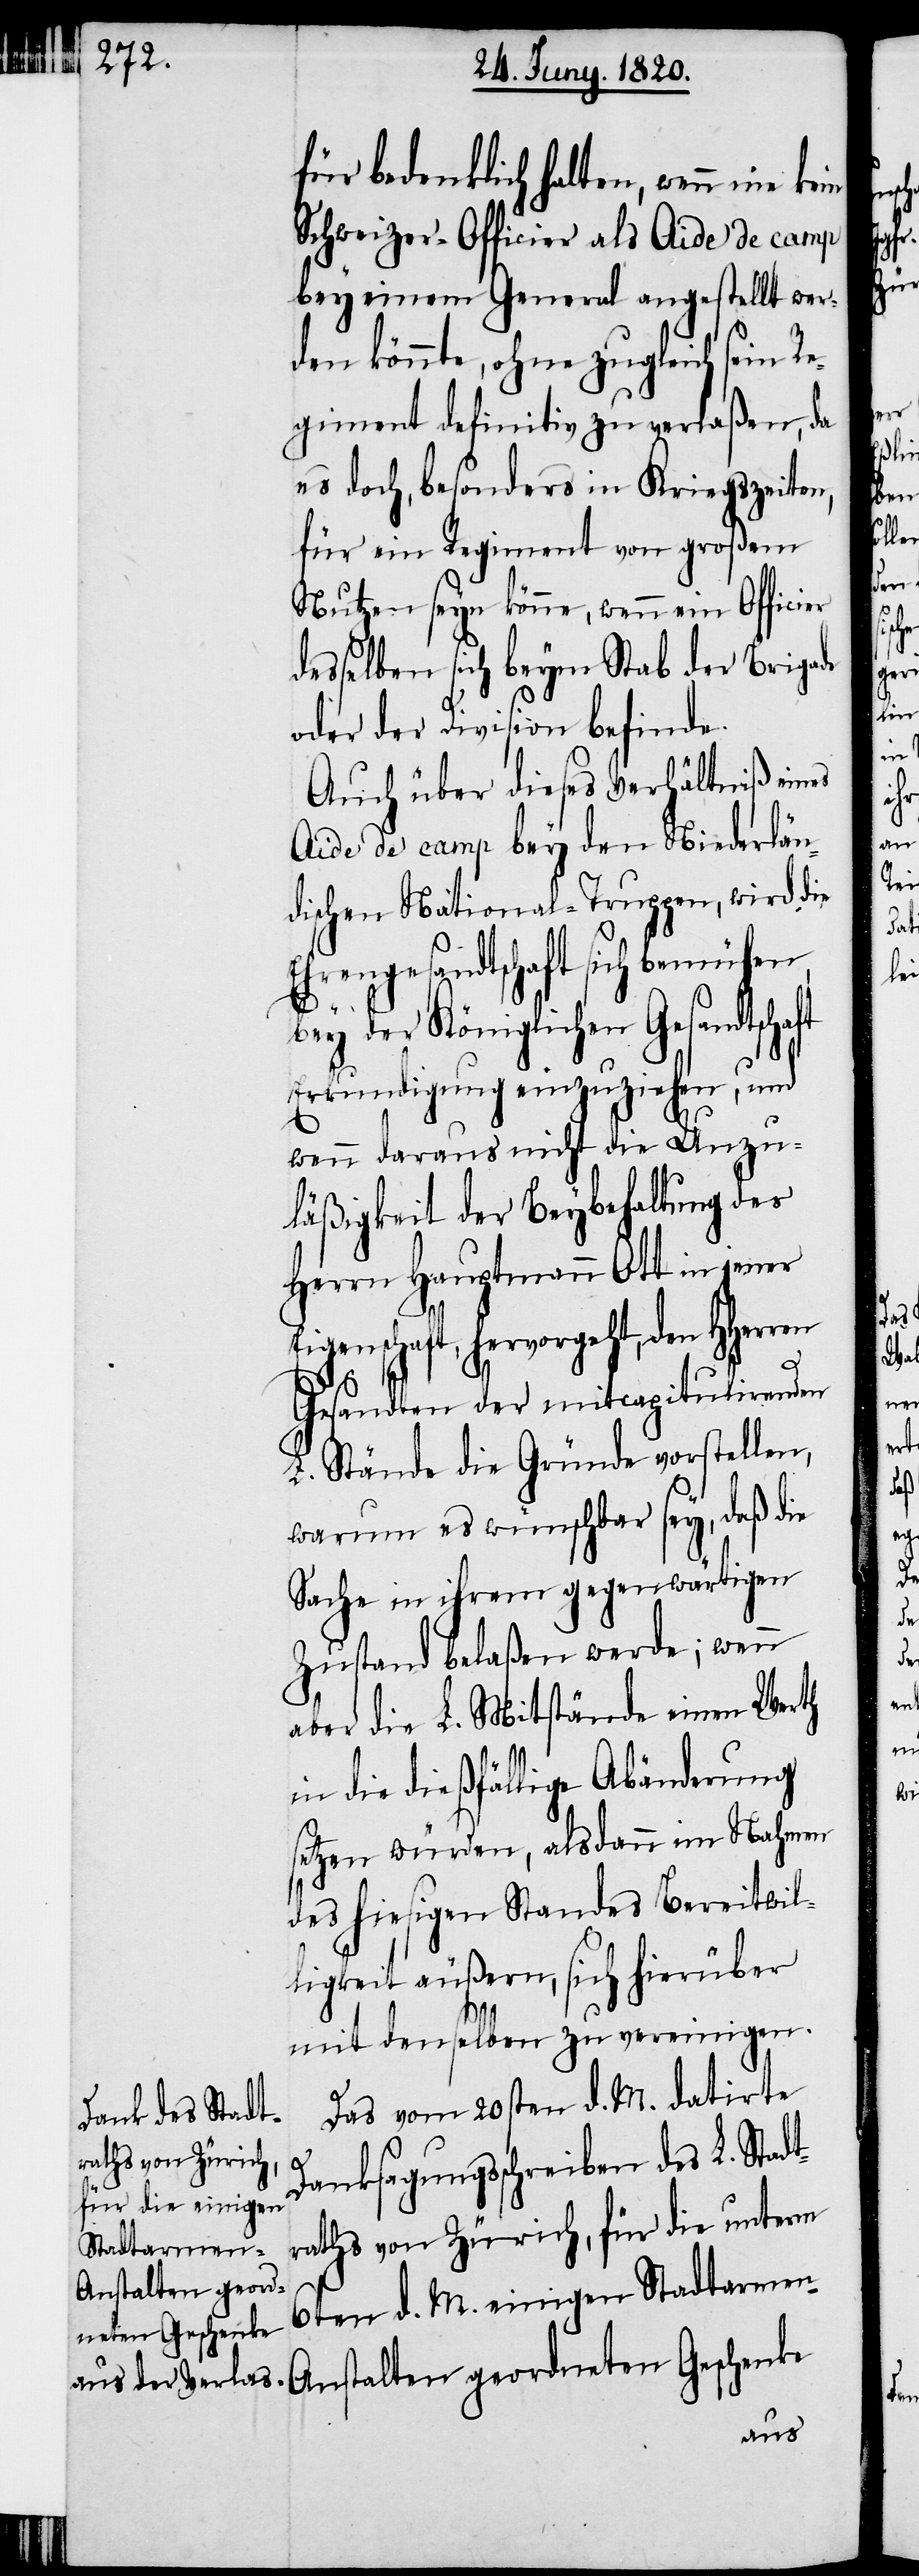
für bedenklich halten, wenn nie kein
Schweizer-Officier als Aide de camp
bey einem General angestellt wer¬
den könnte, ohne zugleich sein Re¬
giment definitiv zu verlaßen, da
es doch, besonders in Kriegszeiten,
für ein Regiment von großem
Nutzen seyn könne, wenn ein Officier
desselben sich beym Stab der Brigade
oder der Division befinde.
Auch über dieses Verhältniß eines
Aide de camp bey den Niederlän¬
dischen National-Truppen, wird die
Ehrengesandtschaft sich bemühen,
bey der königlichen Gesandtscha¬
Erkundigung einzuziehen, und
wenn daraus nicht die Unzu¬
läßigkeit der Beybehaltung des
Herrn Hauptmann Ott in jener
Eigenschaft, hervorgeht, den Hherren
Gesandten der mitcapitulirenden
L. Stände die Gründe vorstellen,
warum es wünschbar sey, daß die
Sache in ihrem gegenwärtigen
Zustand belaßen werde; wenn
aber die L. Mitstände einen Werth
in die dießfällige Abänderung
setzen würden, alsdann im Nahmen
des hiesigen Standes Bereitwil¬
ligkeit äußern, sich hierüber
mit denselben zu vereinigen.

ft